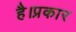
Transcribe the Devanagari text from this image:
है।प्रकार